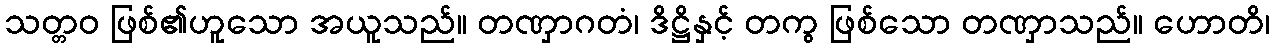
သတ္တဝ ဖြစ်၏ဟူသော အယူသည်။ တဏှာဂတံ၊ ဒိဋ္ဌိနှင့် တကွ ဖြစ်သော တဏှာသည်။ ဟောတိ၊